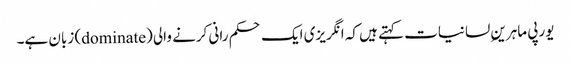
یورپی ماہرینِ لسانیات کہتے ہیں کہ انگریزی ایک حکم رانی کرنے والی (dominate) زبان ہے۔